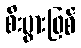
စီးပွားဖြစ်